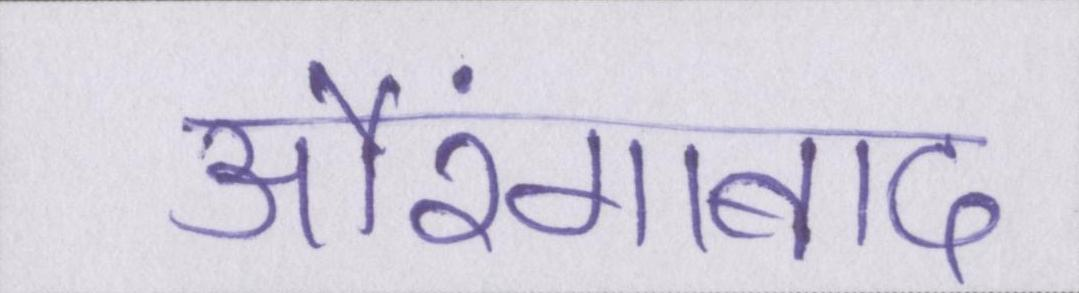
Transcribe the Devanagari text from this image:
औरंगाबाद